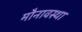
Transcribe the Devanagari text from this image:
मौनावस्था